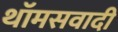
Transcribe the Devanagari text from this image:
थॉमसवादी